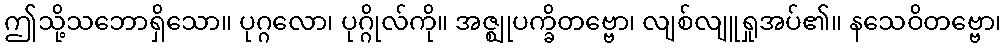
ဤသို့သဘောရှိသော။ ပုဂ္ဂလော၊ ပုဂ္ဂိုလ်ကို။ အဇ္ဈုပက္ခိတဗ္ဗော၊ လျစ်လျူရှုအပ်၏။ နသေဝိတဗ္ဗော၊